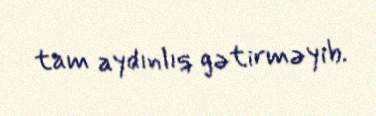
tam aydınlıq gətirməyib.